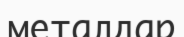
металдар